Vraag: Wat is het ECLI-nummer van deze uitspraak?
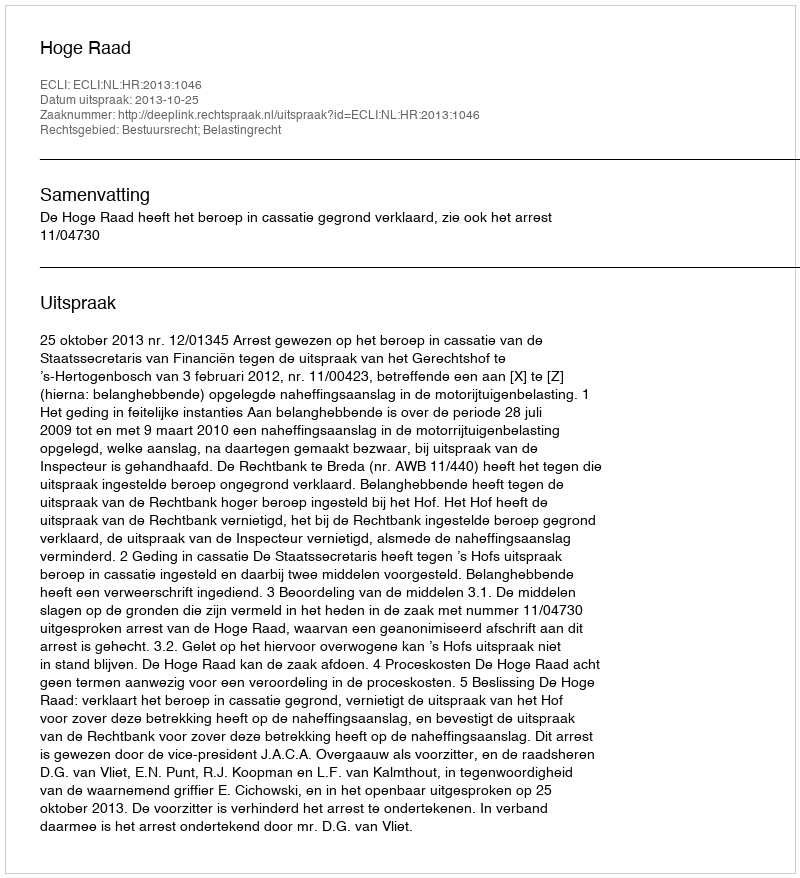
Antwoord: ECLI:NL:HR:2013:1046